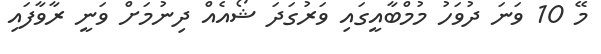
މޭ 10 ވަނަ ދުވަހު މުމްބާއީގައި ވަރުގަދަ ޝޯއެއް ދިނުމަށް ވަނީ ރާވާފައި